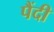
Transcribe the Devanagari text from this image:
पैंदी